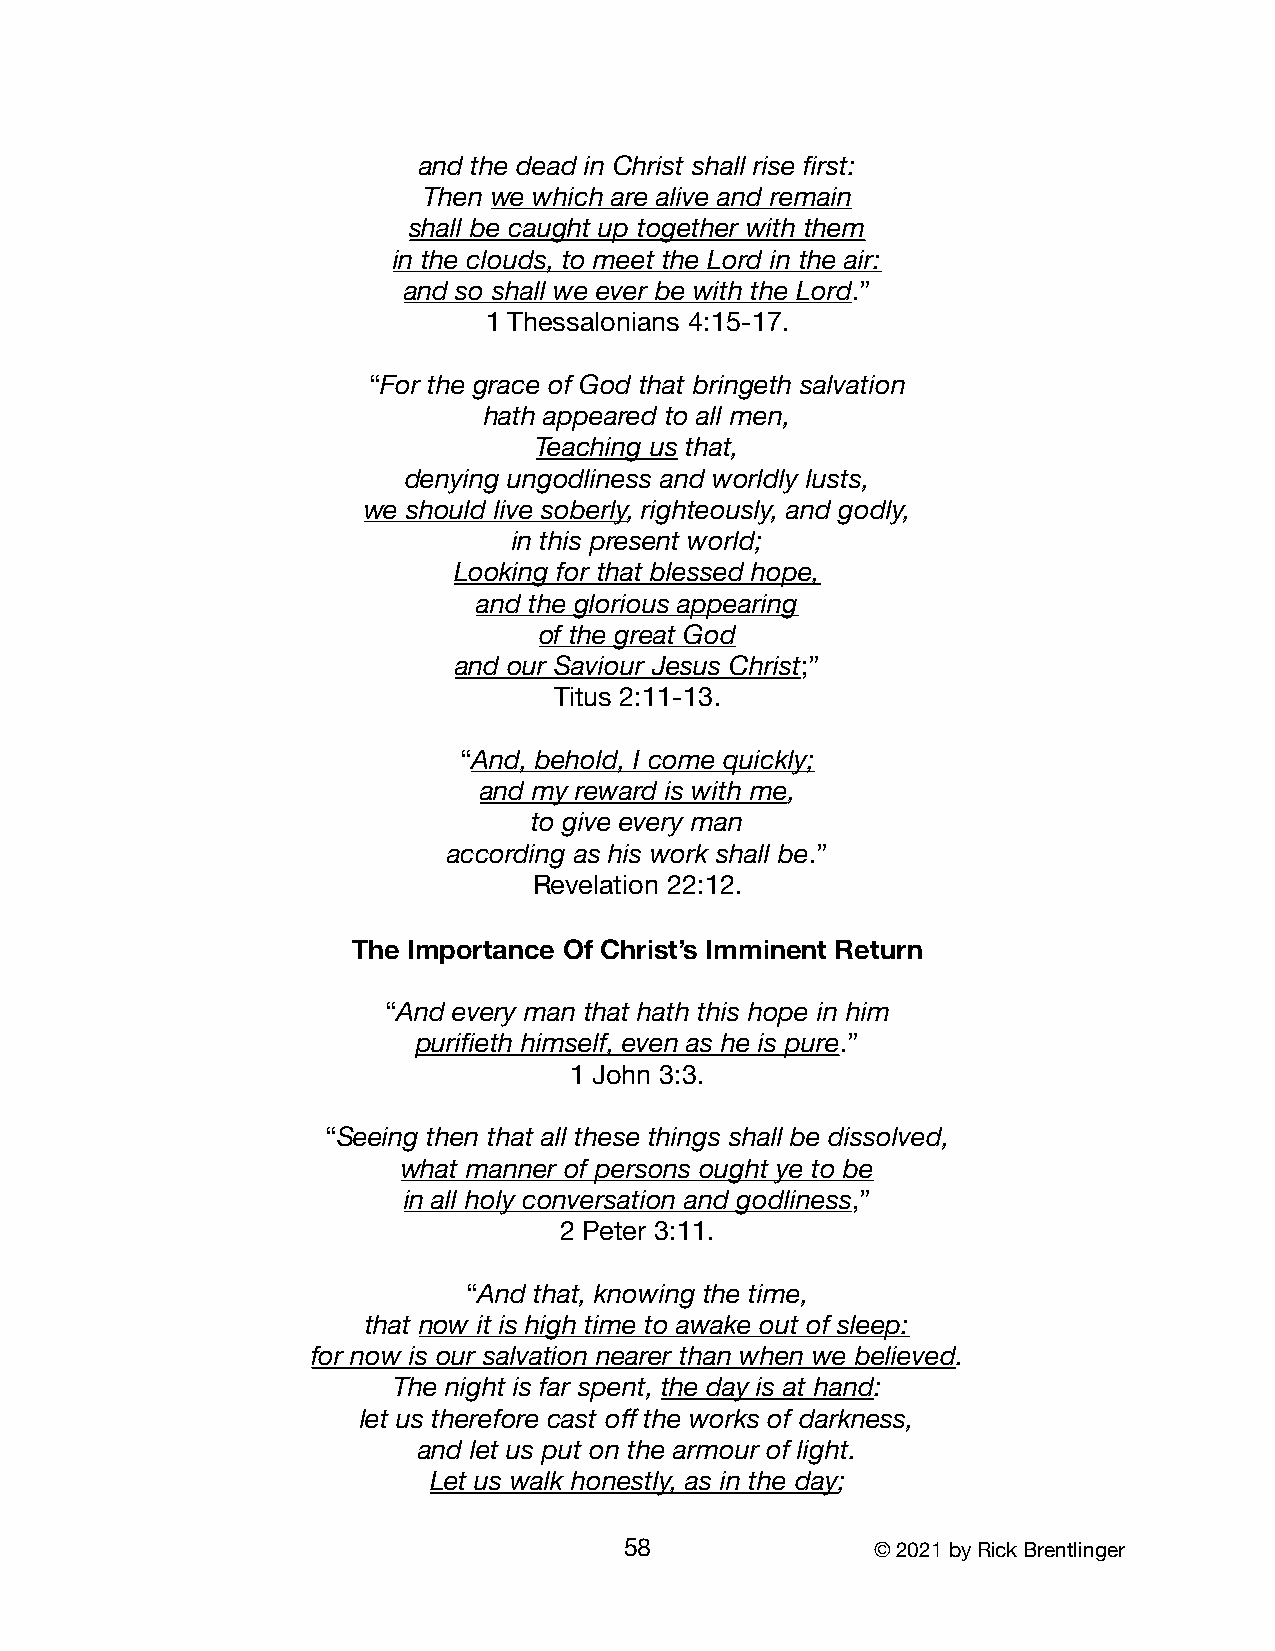
and the dead in Christ shall rise first:
 Then we which are alive and remain
 shall be caught up together with them
 in the clouds, to meet the Lord in the air:
 and so shall we ever be with the Lord.”
 1 Thessalonians 4:15-17.
 “For the grace of God that bringeth salvation
 hath appeared to all men,
 Teaching us that,
 denying ungodliness and worldly lusts,
 we should live soberly, righteously, and godly,
 in this present world;
 Looking for that blessed hope,
 and the glorious appearing
 of the great God
 and our Saviour Jesus Christ;”
 Titus 2:11-13.
 “And, behold, I come quickly;
 and my reward is with me,
 to give every man
 according as his work shall be.”
 Revelation 22:12.
 The Importance Of Christ’s Imminent Return
 “And every man that hath this hope in him
 purifieth himself, even as he is pure.”
 1 John 3:3.
 “Seeing then that all these things shall be dissolved,
 what manner of persons ought ye to be
 in all holy conversation and godliness,”
 2 Peter 3:11.
 “And that, knowing the time,
 that now it is high time to awake out of sleep:
 for now is our salvation nearer than when we believed.
 The night is far spent, the day is at hand:
 let us therefore cast off the works of darkness,
 and let us put on the armour of light.
 Let us walk honestly, as in the day;
 58               © 2021 by Rick Brentlinger